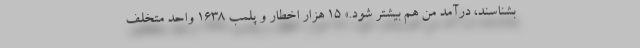
بشناسند، درآمد من هم بیشتر شود.» ۱۵ هزار اخطار و پلمب ۱۶۳۸ واحد متخلف